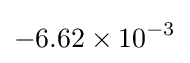
-6.62\times 10^{-3}